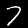
Digit: 7